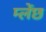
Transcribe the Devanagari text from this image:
म्लेंछ